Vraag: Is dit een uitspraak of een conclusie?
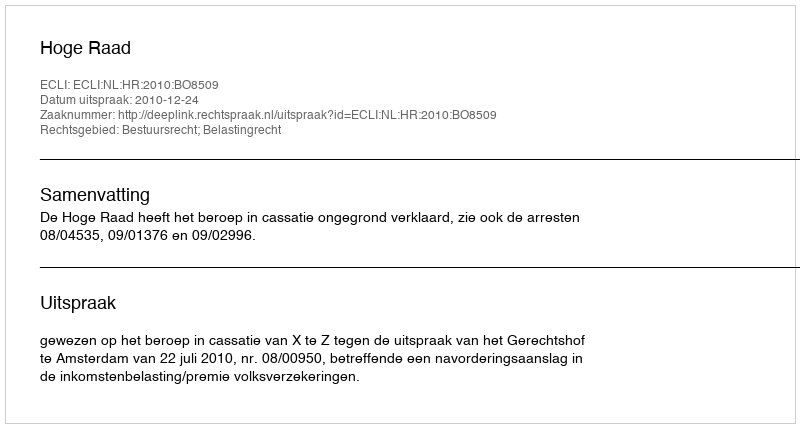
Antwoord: Uitspraak